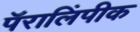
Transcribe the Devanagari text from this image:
पॅरालिंपीक